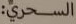
السحري: